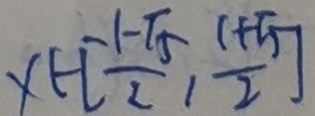
x \in [ \frac { 1 - \sqrt { 5 } } { 2 } , \frac { 1 + \sqrt { 5 } } { 2 } ]